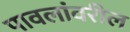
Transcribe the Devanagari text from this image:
पावलांवरील